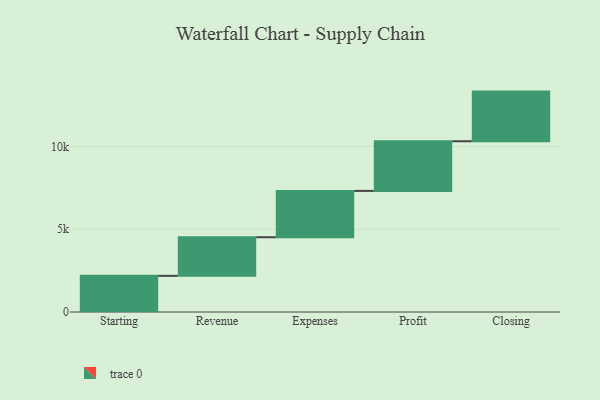
{"axis": {"x": "Step", "y": "Value"}, "legend": [""], "data": [{"x": "Starting", "y": 2184.0, "type": ""}, {"x": "Revenue", "y": 2333.0, "type": ""}, {"x": "Expenses", "y": 2800.0, "type": ""}, {"x": "Profit", "y": 3000, "type": ""}, {"x": "Closing", "y": 3000, "type": ""}]}